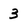
Character: 3